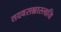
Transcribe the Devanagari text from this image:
तदवसन्नास्त्वयि